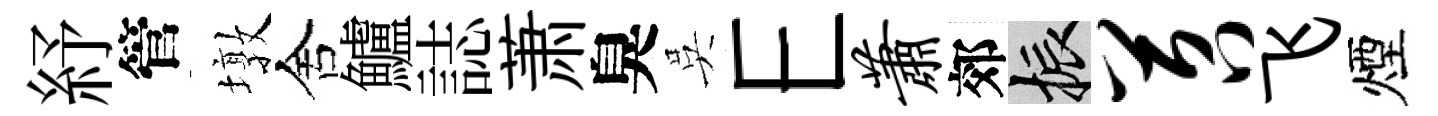
紓管墩舍鱸誌萧臭吳E萧郊振苕飞煙